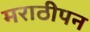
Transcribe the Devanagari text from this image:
मराठीपन